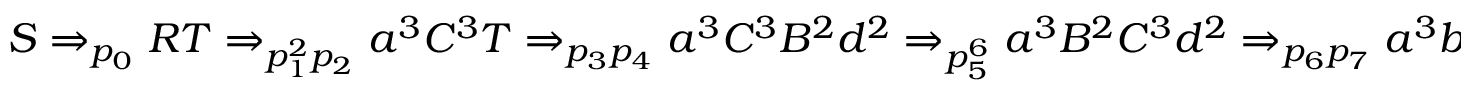
S \Rightarrow _ { p _ { 0 } } R T \Rightarrow _ { p _ { 1 } ^ { 2 } p _ { 2 } } a ^ { 3 } C ^ { 3 } T \Rightarrow _ { p _ { 3 } p _ { 4 } } a ^ { 3 } C ^ { 3 } B ^ { 2 } d ^ { 2 } \Rightarrow _ { p _ { 5 } ^ { 6 } } a ^ { 3 } B ^ { 2 } C ^ { 3 } d ^ { 2 } \Rightarrow _ { p _ { 6 } p _ { 7 } } a ^ { 3 } b ^ { 2 } C ^ { 3 } d ^ { 2 } \Rightarrow _ { p _ { 8 } p _ { 9 } ^ { 2 } } a ^ { 3 } b ^ { 2 } c ^ { 3 } d ^ { 2 }